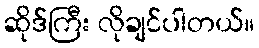
ဆိုဒ်ကြီး လိုချင်ပါတယ်။